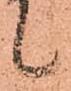
候